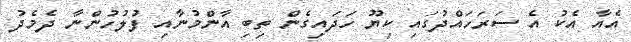
އެއާ އެކު އެ ސަރަހައްދުގައި ކިޔޫ ހަދައިގެން ތިބި އާންމުނާއި ފުލުހުންނާ ދެމެދު